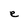
Character: e